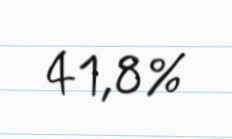
41,8%